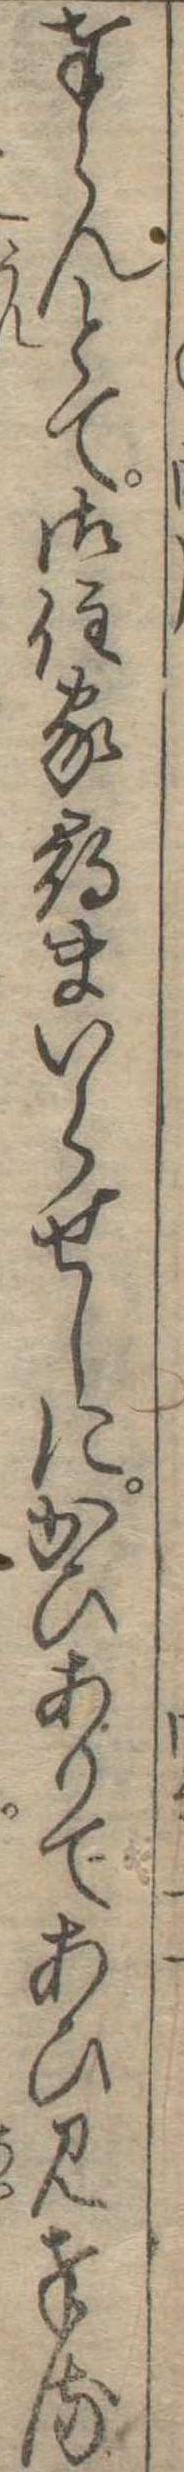
奉らんとて御住家尋まいらせしにかひありてあひ見奉る